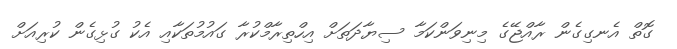
ގޮތް އެނގިގެން ރާއްޖޭގެ މިނިވަންކަމާ ސިޔާދަތަށް އިހްތިރާމްކުރާ ގައުމުތަކާއި އެކު ގުޅިގެން ކުރިއަށް